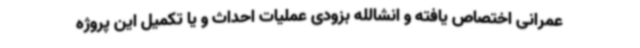
عمرانی اختصاص یافته و انشالله بزودی عملیات احداث و یا تکمیل این پروژه